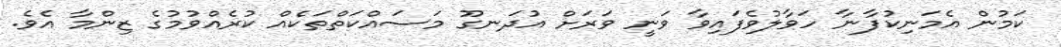
ކަމުން އެމަނިކުފާނާ ހަވާލުވެފައިވާ ވަނީ ވަރަށް އުދަނގޫ މަސައްކަތްތަކެއް ކުރެއްވުމުގެ ޒިންމާ އެވެ.